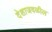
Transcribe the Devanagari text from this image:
देशाजवळील